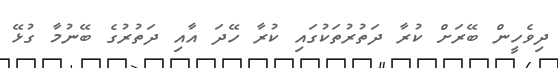
ދިވެހީން ބޭރަށް ކުރާ ދަތުރުތަކުގައި ކުރާ ހޭދަ އާއި ދަތުރުގެ ބޭނުމާ ގުޅޭ